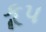
કૂપ